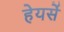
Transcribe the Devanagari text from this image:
हेयर्से